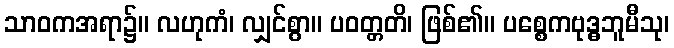
သာဝကအရာ၌။ လဟုကံ၊ လျှင်စွာ။ ပဝတ္တတိ၊ ဖြစ်၏။ ပစ္စေကဗုဒ္ဓဘူမီသု၊